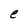
Character: e